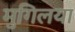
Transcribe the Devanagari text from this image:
मुगिलया